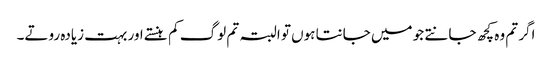
اگر تم وہ کچھ جانتے جو میں جانتا ہوں تو البتہ تم لوگ کم ہنستے اور بہت زیادہ روتے۔